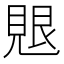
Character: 𮗑